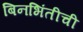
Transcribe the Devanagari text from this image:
बिनभिंतीची